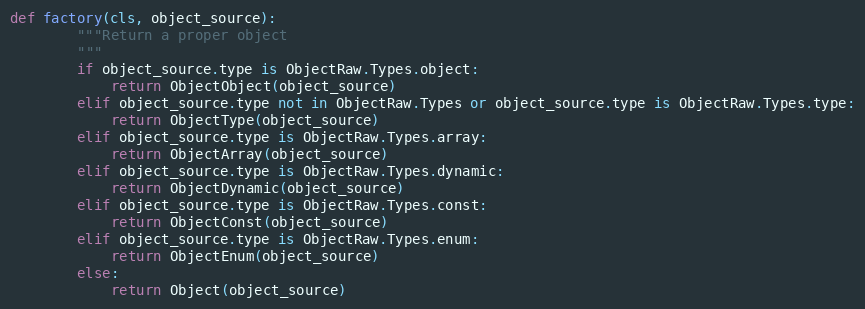
Language: Python
def factory(cls, object_source):
        """Return a proper object
        """
        if object_source.type is ObjectRaw.Types.object:
            return ObjectObject(object_source)
        elif object_source.type not in ObjectRaw.Types or object_source.type is ObjectRaw.Types.type:
            return ObjectType(object_source)
        elif object_source.type is ObjectRaw.Types.array:
            return ObjectArray(object_source)
        elif object_source.type is ObjectRaw.Types.dynamic:
            return ObjectDynamic(object_source)
        elif object_source.type is ObjectRaw.Types.const:
            return ObjectConst(object_source)
        elif object_source.type is ObjectRaw.Types.enum:
            return ObjectEnum(object_source)
        else:
            return Object(object_source)